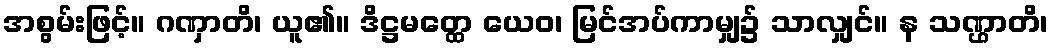
အစွမ်းဖြင့်။ ဂဏှာတိ၊ ယူ၏။ ဒိဋ္ဌမတ္ထေ ယေဝ၊ မြင်အပ်ကာမျှ၌ သာလျှင်။ န သဏ္ဌာတိ၊